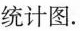
统计图。